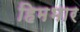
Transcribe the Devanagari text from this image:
हिमभार